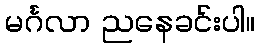
မင်္ဂလာ ညနေခင်းပါ။